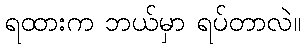
ရထားက ဘယ်မှာ ရပ်တာလဲ။